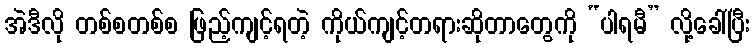
အဲဒီလို တစ်စတစ်စ ဖြည့်ကျင့်ရတဲ့ ကိုယ်ကျင့်တရားဆိုတာတွေကို “ပါရမီ” လို့ခေါ်ပြီး